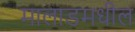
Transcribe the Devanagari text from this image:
मालाडमधील